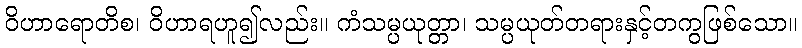
ဝိဟာရောတိစ၊ ဝိဟာရဟူ၍လည်း။ ကံသမ္ပယုတ္တာ၊ သမ္ပယုတ်တရားနှင့်တကွဖြစ်သော။